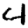
Digit: 4